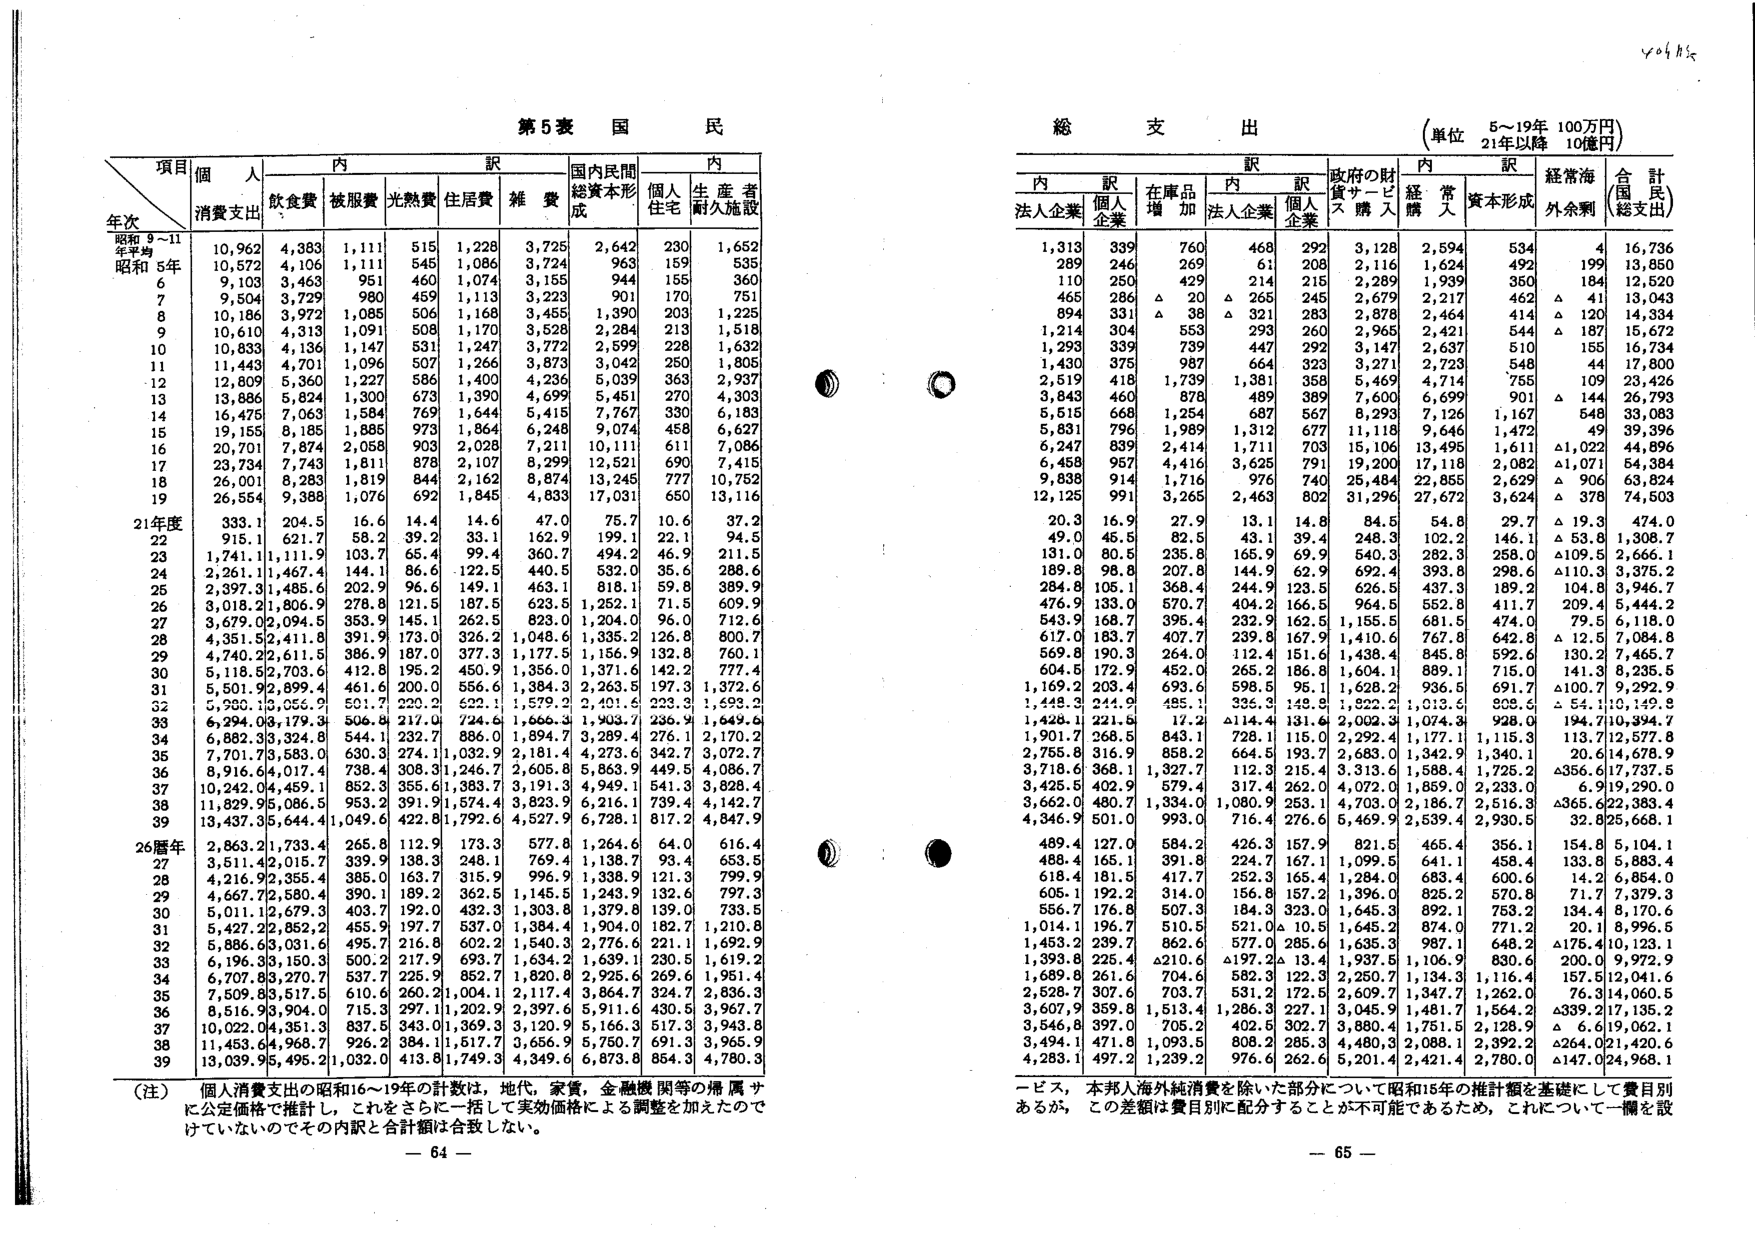
第5表 国民

項目
個人
内訳
国内民間
内訳
年次
消費支出
飲食費
被服費
光熱費
住居費
雑費
総資本形成
個人住宅
生産者耐久施設

昭和9～11年平均
10,962
4,383
1,111
515
1,228
3,725
2,642
230
1,652
昭和5年
10,572
4,106
1,111
545
1,086
3,724
963
159
535
6
9,103
3,463
951
460
1,074
3,155
944
155
360
7
9,504
3,729
980
459
1,113
3,223
901
170
751
8
10,186
3,972
1,085
506
1,168
3,455
1,390
203
1,225
9
10,610
4,313
1,091
508
1,170
3,528
2,284
213
1,518
10
10,833
4,136
1,147
531
1,247
3,772
2,599
228
1,632
11
11,443
4,701
1,096
507
1,266
3,873
3,042
250
1,805
12
12,809
5,360
1,227
586
1,400
4,236
5,039
363
2,937
13
13,886
5,824
1,300
673
1,390
4,699
5,451
270
4,303
14
16,475
7,063
1,584
769
1,644
5,415
7,767
330
6,183
15
19,155
8,185
1,885
973
1,864
6,248
9,074
458
6,627
16
20,701
7,874
2,058
903
2,028
7,211
10,111
611
7,086
17
23,734
7,743
1,811
878
2,107
8,299
12,521
690
7,415
18
26,001
8,283
1,819
844
2,162
8,874
13,245
777
10,752
19
26,554
9,388
1,076
692
1,845
4,833
17,031
650
13,116

21年度
333.1
204.5
16.6
14.4
14.6
47.0
75.7
10.6
37.2
22
915.1
621.7
58.2
39.2
33.1
162.9
199.1
22.1
94.5
23
1,741.1
1,111.9
103.7
65.4
360.7
494.2
46.9
211.5
24
2,261.1
1,467.4
144.1
86.6
122.5
440.5
532.0
35.6
288.6
25
2,397.3
1,485.6
202.9
96.6
149.1
463.1
818.1
59.8
389.9
26
3,018.2
1,806.9
278.8
121.5
187.5
623.5
1,252.1
71.5
609.9
27
3,679.0
2,094.5
353.9
145.1
262.5
823.0
1,204.0
96.0
712.6
28
4,351.5
2,411.8
391.9
173.0
326.2
1,048.6
1,335.2
126.8
800.7
29
4,740.2
2,611.5
386.9
187.0
377.3
1,177.5
1,156.9
132.8
760.1
30
5,118.5
2,703.6
412.8
195.2
450.9
1,356.0
1,371.6
142.2
777.4
31
5,501.9
2,899.4
461.6
200.0
556.6
1,384.3
2,263.5
197.3
1,372.6
32
6,200.1
3,055.9
501.7
220.2
522.1
1,579.2
2,401.6
223.3
1,693.2
33
6,294.0
3,179.3
506.8
217.0
724.6
1,666.3
1,903.7
236.9
1,649.6
34
6,882.3
3,324.8
544.1
232.7
886.0
1,894.7
3,289.4
276.1
2,170.2
35
7,701.7
3,583.0
630.3
274.1
1,032.9
2,181.4
4,273.6
342.7
3,072.7
36
8,916.6
4,017.4
738.4
308.3
1,246.7
2,605.8
5,863.9
449.5
4,086.7
37
10,242.0
4,459.1
852.3
355.6
1,383.7
3,191.3
4,949.1
541.3
3,828.4
38
11,829.9
5,086.5
953.2
391.9
1,574.4
3,823.9
6,216.1
739.4
4,142.7
39
13,437.3
5,644.4
1,049.6
422.8
1,792.6
4,527.9
6,728.1
817.2
4,847.9

26暦年
2,863.2
1,733.4
265.8
112.9
173.3
577.8
1,264.6
64.0
616.4
27
3,511.4
2,015.7
339.9
138.3
248.1
769.4
1,138.7
93.4
653.5
28
4,216.9
2,355.4
385.0
163.7
315.9
996.9
1,338.9
121.3
799.9
29
4,667.7
2,580.4
390.1
189.2
362.5
1,145.5
1,243.9
132.6
797.3
30
5,011.1
2,679.3
403.7
192.0
432.3
1,303.8
1,379.8
139.0
733.5
31
5,427.2
2,852.2
455.9
197.7
537.0
1,384.4
1,904.0
182.7
1,210.8
32
5,886.6
3,031.6
495.7
216.8
602.2
1,540.3
2,776.6
221.1
1,692.9
33
6,196.3
3,150.3
500.2
217.9
693.7
1,634.2
1,639.1
230.5
1,619.2
34
6,707.8
3,270.7
537.7
225.9
852.7
1,820.8
2,925.6
269.6
1,951.4
35
7,509.8
3,517.5
610.6
260.2
1,004.1
2,117.4
3,864.7
324.7
2,836.3
36
8,516.9
3,904.0
715.3
297.1
1,202.9
2,397.6
5,911.6
430.5
3,967.7
37
10,022.0
4,351.3
837.5
343.0
1,369.3
3,120.9
5,166.3
517.3
3,943.8
38
11,453.6
4,968.7
926.2
384.1
1,517.7
3,656.9
5,750.7
691.3
3,965.9
39
13,039.9
5,495.2
1,032.0
413.8
1,749.3
4,349.6
6,873.8
854.3
4,780.3

（注）個人消費支出の昭和16～19年の計数は、地代、家賃、金融機関等の構築サ
に公定価格で推計し、これをさらに一括して実効価格による調整を加えたので
けていないのでその内訳と合計額は合致しない。

総支出
（単位 5～19年 100万円）
21年以降 10億円

内訳
内訳
内訳
政府の財
経常海
合計
法人企業
個人企業
在庫品増加
法人企業
個人企業
貸入購入
経常人
資本形成
外余剰
（国民総支出）

1,313
339
760
468
292
3,128
2,594
534
4
16,736
289
246
269
61
208
2,116
1,624
492
199
13,850
110
250
429
214
215
2,289
1,939
350
184
12,520
465
286
△ 20
△ 265
245
2,679
2,217
462
△ 41
13,043
894
331
△ 38
△ 321
283
2,878
2,464
414
△ 120
14,334
1,214
304
553
293
260
2,965
2,421
544
△ 187
15,672
1,293
339
739
447
292
3,147
2,637
510
155
16,734
1,430
375
987
664
323
3,271
2,723
548
44
17,800
2,519
418
1,739
1,381
358
5,469
4,714
755
109
23,426
3,843
460
878
489
389
7,600
6,699
901
△ 144
26,793
5,515
668
1,254
687
567
8,293
7,126
1,167
548
33,083
5,831
796
1,989
1,312
677
11,118
9,646
1,472
49
39,396
6,247
839
2,414
1,711
703
18,106
13,495
1,611
△1,022
44,896
6,458
957
4,416
3,625
791
19,200
17,118
2,082
△1,071
54,384
9,838
914
1,716
976
740
25,484
22,855
2,629
△ 906
63,824
12,125
991
3,265
2,463
802
31,296
27,672
3,624
△ 378
74,503

20.3
16.9
27.9
13.1
14.8
84.5
54.8
29.7
△ 19.3
474.0
49.0
45.5
82.5
43.1
39.4
248.3
102.2
146.1
△ 53.8
1,308.7
131.0
80.5
235.8
165.9
69.9
540.3
282.3
258.0
△109.5
2,666.1
189.8
98.8
207.8
144.9
62.9
692.4
393.8
298.6
△110.3
3,375.2
284.8
105.1
368.4
244.9
123.5
626.5
437.3
189.2
104.8
3,946.7
476.9
133.0
570.7
404.2
166.5
964.5
552.8
411.7
209.4
5,444.2
543.9
168.7
395.4
232.9
162.5
1,155.5
681.5
474.0
79.5
6,118.0
617.0
183.7
407.7
239.8
167.9
1,410.6
767.8
642.8
△ 12.5
7,084.8
569.8
190.3
264.0
112.4
151.6
1,438.4
845.8
592.6
130.2
7,465.7
604.5
172.9
452.0
265.2
186.8
1,604.1
889.1
715.0
141.3
8,235.5
1,169.2
203.4
693.6
598.5
95.1
1,628.2
936.5
691.7
△100.7
9,292.9
1,448.3
244.9
485.1
335.3
148.5
1,822.2
1,013.6
803.5
△ 54.1
10,149.8
1,428.1
221.5
17.2
△114.4
131.6
2,002.3
1,074.3
928.0
194.7
10,394.7
1,901.7
268.5
843.1
728.1
115.0
2,292.4
1,177.1
1,115.3
113.7
12,577.8
2,755.8
316.9
858.2
664.5
193.7
2,683.0
1,342.9
1,340.1
20.6
14,678.9
3,718.6
368.1
1,327.7
112.3
215.4
3,313.6
1,588.4
1,725.2
△356.6
17,737.5
3,425.5
402.9
579.4
317.4
262.0
4,072.0
1,859.0
2,233.0
6.9
19,290.0
3,662.0
480.7
1,334.0
1,080.9
253.1
4,703.0
2,186.7
2,516.3
△365.6
22,383.4
4,346.9
501.0
993.0
716.4
276.6
5,469.9
2,539.4
2,930.5
32.8
25,668.1

489.4
127.0
584.2
426.3
157.9
821.5
465.4
356.1
154.8
5,104.1
488.4
165.1
391.8
224.7
167.1
1,099.5
641.1
458.4
133.8
5,883.4
618.4
181.5
417.7
252.3
165.4
1,284.0
683.4
600.6
14.2
6,854.0
605.1
192.2
314.0
156.8
157.2
1,396.0
825.2
570.8
71.7
7,379.3
556.7
176.8
507.3
184.3
323.0
1,645.3
892.1
753.2
134.4
8,170.6
1,014.1
196.7
510.5
521.0
△ 10.5
1,645.2
874.0
771.2
20.1
8,996.5
1,453.2
239.7
862.6
577.0
285.6
1,635.3
987.1
648.2
△175.4
10,123.1
1,393.8
225.4
△210.6
△197.2
△ 13.4
1,937.5
1,106.9
830.6
200.0
9,972.9
1,689.8
261.6
704.6
582.3
122.3
2,250.7
1,134.3
1,116.4
157.5
12,041.6
2,528.7
307.6
703.7
531.2
172.5
2,609.7
1,347.7
1,262.0
76.3
14,060.5
3,607.9
359.8
1,513.4
1,286.3
227.1
3,045.9
1,481.7
1,564.2
△339.2
17,135.2
3,546.8
397.0
705.2
402.5
302.7
3,880.4
1,751.5
2,128.9
△ 6.6
19,062.1
3,494.1
471.8
1,093.5
808.2
285.3
4,480.3
2,088.1
2,392.2
△264.0
21,420.6
4,283.1
497.2
1,239.2
976.6
262.6
5,201.4
2,421.4
2,780.0
△147.0
24,968.1

一ピス，本邦人海外純消費を除いた部分について昭和15年の推計額を基礎にして費目別
あるが，この差額は費目別に配分することが不可能であるため，これについて一欄を設

- 64 -
- 65 -